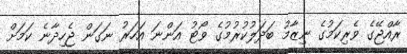
ރާއްޖޭގެ ވެރިކަމުގެ ނިޒާމު ބަދަލުކުރުމުގެ ވޯޓު އަންނަ އަހަރު ނަގަން ޖެހިދާނެ ކަމަށް